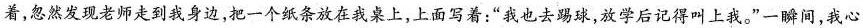
着，忽然发现老师走到我身边，把一个纸条放在我桌上，上面写着：”我也去球，放学后记得叫上我。”一瞬间，我心